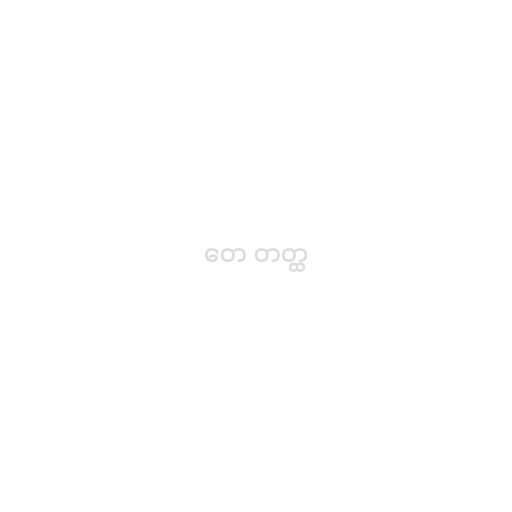
တေ တတ္ထ